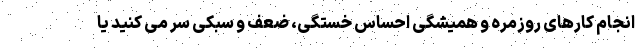
انجام کارهای روزمره و همیشگی احساس خستگی، ضعف و سبکی سر می کنید یا